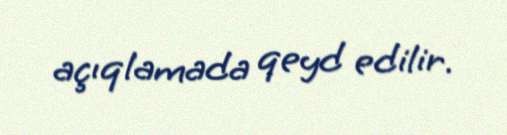
açıqlamada qeyd edilir.